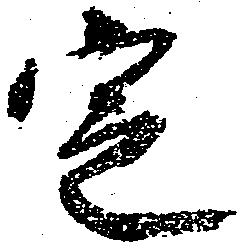
定